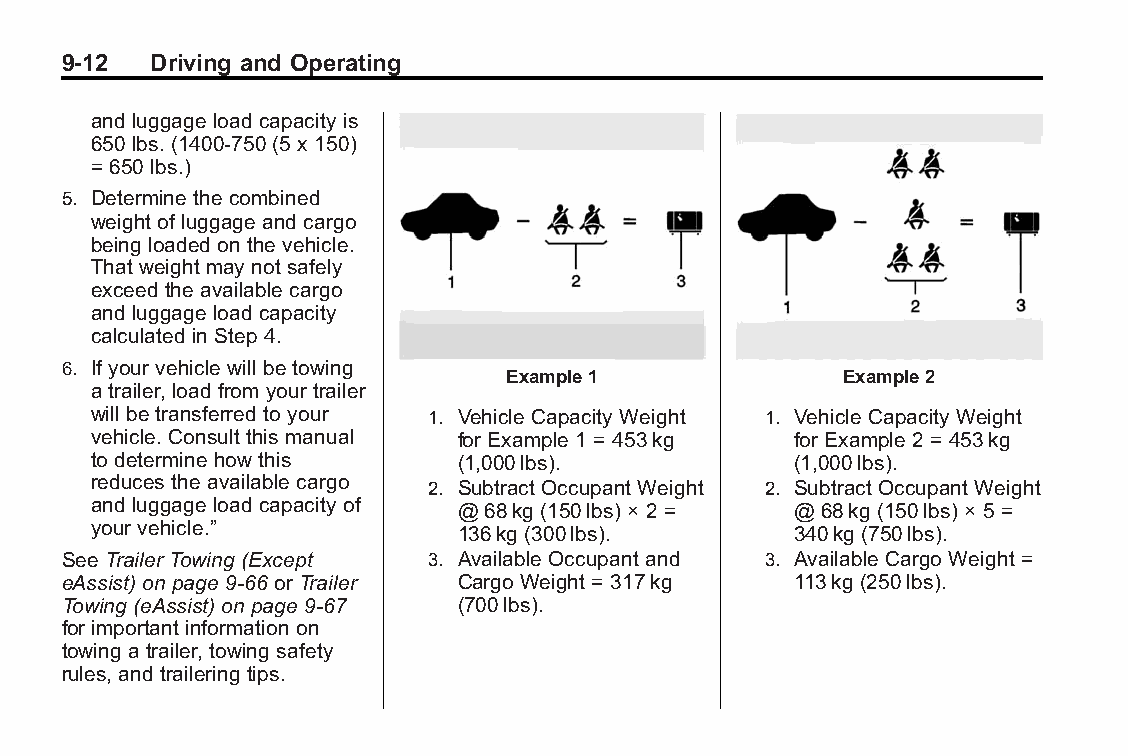
Buick LaCrosse Owner Manual (GMNA-Localizing-U.S./Canada/Mexico- Blackplate(12,1)
 6043609)-2014-2ndEdition-10/17/13
 9-12  Driving and Operating
 and luggage load capacity is
 650 lbs. (1400-750 (5 x 150)
 = 650 lbs.)
 5. Determine the combined
 weight of luggage and cargo
 being loaded on the vehicle.
 That weight may not safely
 exceed the available cargo
 and luggage load capacity
 calculated in Step 4.
 6. If your vehicle will be towing
 Example1               Example2
 a trailer, load from your trailer
 will be transferred to your 1. Vehicle Capacity Weight 1. Vehicle Capacity Weight
 vehicle. Consult this manual for Example 1 = 453kg for Example 2 = 453kg
 to determine how this   (1,000lbs).           (1,000lbs).
 reduces the available cargo 2. Subtract Occupant Weight 2. Subtract Occupant Weight
 and luggage load capacity of @ 68kg (150lbs) × 2 = @ 68kg (150lbs) × 5 =
 your vehicle.”          136kg (300lbs).       340kg (750lbs).
 See Trailer Towing (Except 3. Available Occupant and 3. Available Cargo Weight =
 eAssist) on page 9-66 or Trailer Cargo Weight = 317kg 113kg (250lbs).
 Towing (eAssist) on page 9-67 (700lbs).
 for important information on
 towing a trailer, towing safety
 rules, and trailering tips.